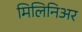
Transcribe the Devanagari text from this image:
मिलिनिअर